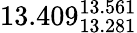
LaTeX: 13.409_{13.281}^{13.561}